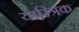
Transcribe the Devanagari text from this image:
याम्त्रिक